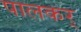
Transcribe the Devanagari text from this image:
पालकर्